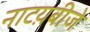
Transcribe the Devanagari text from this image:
नाटय़बीजे